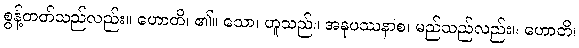
စွန့်တတ်သည်လည်း။ ဟောတိ၊ ၏။ သော၊ ဟူသည်။ အနုပဿနာစ၊ မည်သည်လည်း။ ဟောတိ၊